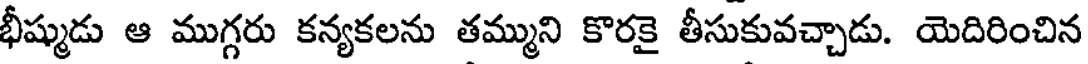
భీష్ముడు ఆ ముగ్గరు కన్యకలను తమ్ముని కొరకై తీసుకువచ్చాడు. యెదిరించిన